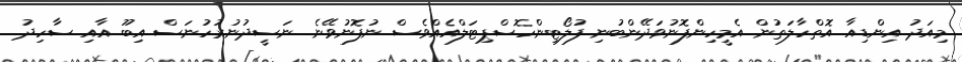
މިއަދު އިންޑިއާ އޮތްހާލަތުން އެމީހިންފޮނުވަދޭންބުނި ފުލޯޓިންހޮސްޕިޓަލްއެއްވެސް ނުފޮނުވޭނެ. ނަސީދުނުރުހުނަސް އިބޫ އާއި ސާހިދު